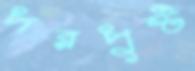
পরপুষ্ট